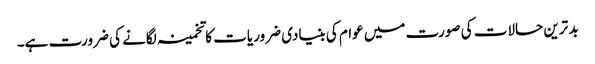
بد ترین حالات کی صورت میں عوام کی بنیادی ضروریات کا تخمینہ لگانے کی ضرورت ہے۔